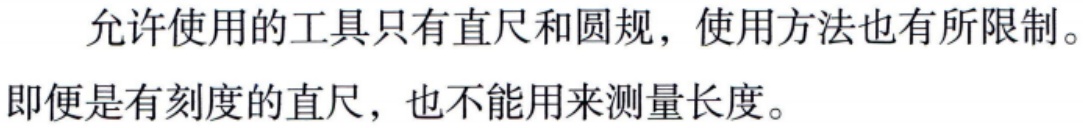
允许使用的工具只有直尺和圆规，使用方法也有所限制。
即便是有刻度的直尺，也不能用来测量长度。